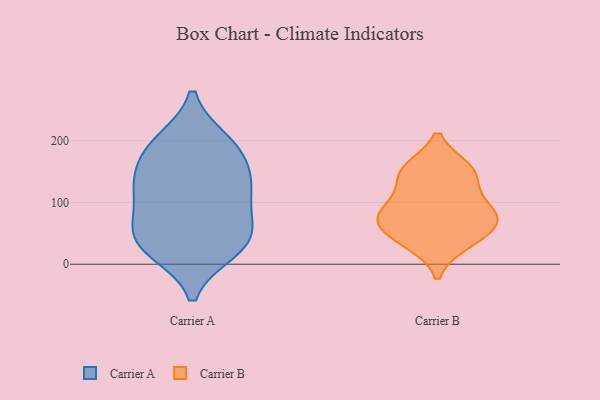
{"axis": {"x": "Energy Usage (MWh)", "y": "Value"}, "legend": ["Carrier A", "Carrier B"], "data": [{"x": "", "y": 62, "type": "Carrier A"}, {"x": "", "y": 24, "type": "Carrier A"}, {"x": "", "y": 187, "type": "Carrier A"}, {"x": "", "y": 28, "type": "Carrier A"}, {"x": "", "y": 45, "type": "Carrier A"}, {"x": "", "y": 185, "type": "Carrier A"}, {"x": "", "y": 119, "type": "Carrier A"}, {"x": "", "y": 45, "type": "Carrier A"}, {"x": "", "y": 111, "type": "Carrier A"}, {"x": "", "y": 125, "type": "Carrier A"}, {"x": "", "y": 197, "type": "Carrier A"}, {"x": "", "y": 143, "type": "Carrier A"}, {"x": "", "y": 67, "type": "Carrier B"}, {"x": "", "y": 150, "type": "Carrier B"}, {"x": "", "y": 154, "type": "Carrier B"}, {"x": "", "y": 117, "type": "Carrier B"}, {"x": "", "y": 39, "type": "Carrier B"}, {"x": "", "y": 83, "type": "Carrier B"}, {"x": "", "y": 34, "type": "Carrier B"}, {"x": "", "y": 82, "type": "Carrier B"}, {"x": "", "y": 84, "type": "Carrier B"}, {"x": "", "y": 61, "type": "Carrier B"}, {"x": "", "y": 151, "type": "Carrier B"}]}